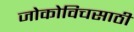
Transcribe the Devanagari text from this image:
जोकोविचसाठी